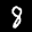
Label: 8